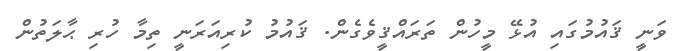
ވަނީ ޤައުމުގައި އުޅޭ މީހުން ތަރައްޤީވެގެން. ޤައުމު ކުރިއަރަނީ ތިމާ ހުރި ޙާލަތުން